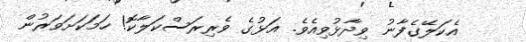
އެކަލޭގެފާނު ވިދާޅުވިއެވެ. އަޅުގެ ވެރިރަސްކަލާކޮ! ހަމަކަށަވަރުން